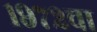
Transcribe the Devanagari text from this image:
१९७२चा